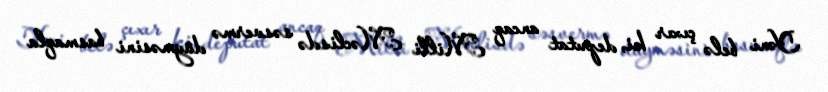
Yəni belə çıxır ki, deputat ancaq Milli Məclisdə səsvermə düyməsini basmaqla